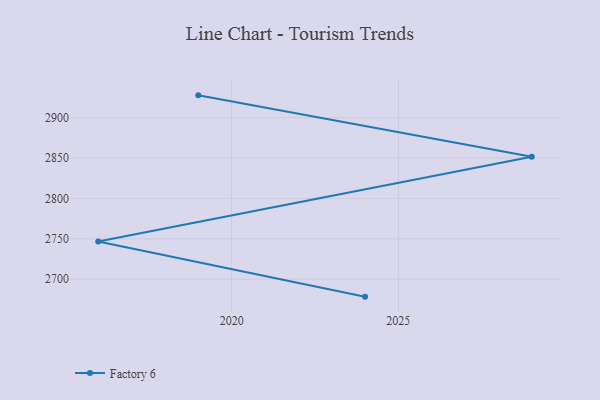
{"axis": {"x": "Year", "y": "Tickets Resolved"}, "legend": ["Factory 6"], "data": [{"x": "2019", "y": 2927.7, "type": "Factory 6"}, {"x": "2029", "y": 2851.6, "type": "Factory 6"}, {"x": "2016", "y": 2746.7, "type": "Factory 6"}, {"x": "2024", "y": 2678.3, "type": "Factory 6"}]}